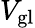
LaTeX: V_{\mathrm{gl}}